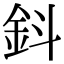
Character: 鈄